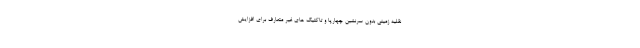
نقلیه زمینی بدون سرنشین چهارپا و تاکتیک های غیر متعارف برای افزایش